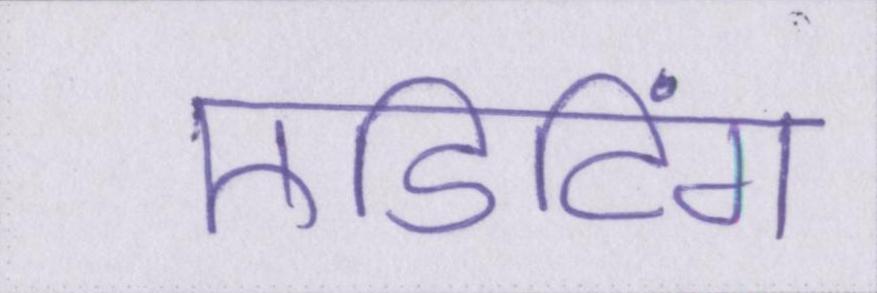
एडिटिंग